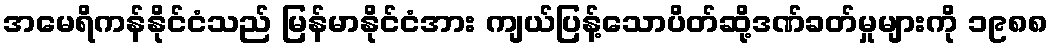
အမေရိကန်နိုင်ငံသည် မြန်မာနိုင်ငံအား ကျယ်ပြန့်သောပိတ်ဆို့ဒဏ်ခတ်မှုများကို ၁၉၈၈